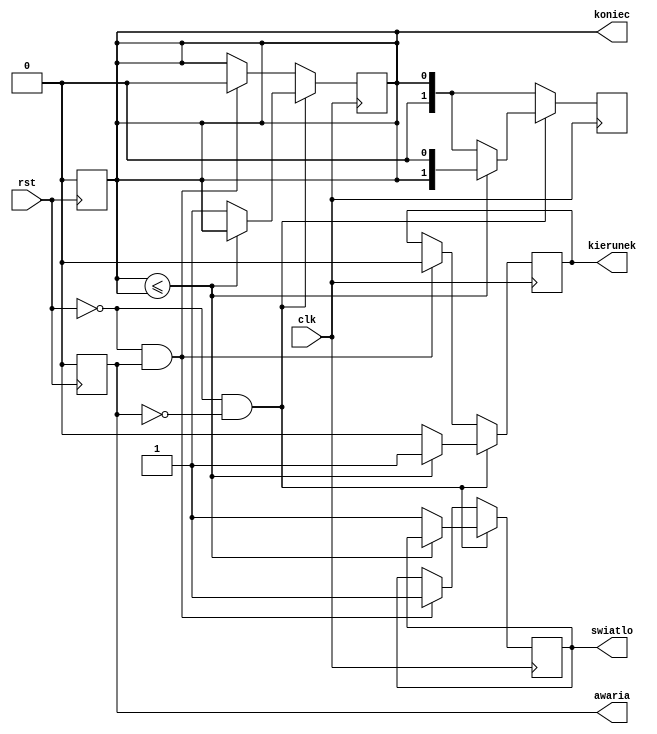

//////////////////////////////////////////////////////////////////////////////////
// opis dziaania brama garaowa 
// 
//////////////////////////////////////////////////////////////////////////////////


module bramagarazowa_ctrl(
    //input [1:0] stan, // 2 bitowy poziom stanu
    //input [1:0] aktualnystan, // 2 bitowy poziom stanu aktualnego
    input clk, //generawania zegara o niskiej czstotliwosci
    input rst, //1-bitowy rst wejcia
    output kierunek, //1-bitowe wyjcie wskazujce kierunek ruchu bramy
    output koniec,	//1-bitowe wyjcie wskazujce max stan bramy 
	output awaria,  // sygna awarii mechanizmu
    output swiatlo //wyjcie 1-bitowe podlaczone do oswietlenia
    
    );

    reg r_kierunekruchu; //1 bitowy rejestr podczony do kierunku wyjcia kierunek
    reg r_koniec; //1 bitowy rejestr podczony do wyjcia koniec
    reg r_awaria; //1 bitowy rejestr podczony do wyjcia awaria
	reg r_swiatlo; // 1 bitowy rejestr podlczony do wyjcia swiata
    reg [1:0] r_aktstan; //2-bitowy rejestr podczony do wyjcia aktstan
    reg [12:0] clk_licznik; //licznik zegara niskiej czstotliwo jako 12bitowy parametr rejestru   ///max count 4096//
    reg clk_200;         ///   zakadany czas pracy silnika 20s  
    reg clk_wyzw; //wyzwalacz zegara generatora
    
    assign kierunek = r_kierunekruchu; //przypisanie danych kierunku ruchu do r_kierunkuruchu
    assign koniec = r_koniec; //przypisanie koniec   do r_koniec
    assign awaria = r_awaria; //przypisanie awaria do r_awaria
    assign aktstan = r_aktstan; //przypisanie stanw
    assign stan = stan;//
	assign swiatlo = r_swiatlo; //przypisanie swiata
    
    always @(negedge rst) begin //wyzwalanie bloku na malejcej krawdzi sygnau rst
        clk_200 = 1'b0; //resetowanie clk 200hz
        clk_licznik = 0; //res. licznika
        clk_wyzw = 1'b0; //res. wyzwalacza
    end
    
    always @(negedge rst) begin //wyzwalanie bloku na malejcej krawdzi sygnau rst
        clk_200 = 1'b0; //rstowanie clk 200hz
        clk_licznik = 0; //res. licznika
        clk_wyzw = 1'b0; //res. wyzwalacza

        r_koniec = 1'b0; //ustawienie domylnej wartoci na 0
        r_awaria = 1'b0; //to samo
    end
    
    /*
    	generator zegara
        licznik bedzie sie zwiekszal za kazdym razem, 
        gdy uruchomi si petla lub zostanie wlaczony generator zegara 200hz
    */
    always @(posedge clk) begin
        if(clk_wyzw) begin
            clk_licznik = clk_licznik+1; 
        end
        if(clk_licznik == 4000) begin
            clk_200 = ~clk_200;
            clk_licznik = 0;
        end
    end
   
    //jeeli jest sygnal otwarcia
    always @(stan) begin
        clk_wyzw = 1; //wlaczenie wyzwalacza zegara
        clk_200 = ~clk_200; //negacja czestotliwosci zegara
        r_aktstan <= r_koniec;
    end
    
    //praca bramy
    always @(posedge clk) begin
    	//normalne dziaanie bramy
        if(!rst  && !awaria) begin
            //podnosi sie
            if(r_aktstan <= r_koniec) begin
                r_kierunekruchu = 1'b1; 
                r_aktstan = r_koniec << 1;
            end
            
            //osignicie nax uniesienia bramy
            else if( r_aktstan == r_koniec) begin
                r_koniec = 1;
                r_kierunekruchu = 0;
				r_swiatlo =1;
            end
        end
        //gdy brama osiagnie max otwarcie
        else if(!rst && !awaria) begin
            r_koniec = 1;
            r_swiatlo = 1;
            r_kierunekruchu = 0;
        
        end
        //gdy brama zaczyna sie zamykac
        else if(!rst && !awaria) begin
            r_koniec = 0;
            r_kierunekruchu = 1'b0;
            r_swiatlo = 0;
        //gasnie swiatlo
        end
        else if(!rst && awaria) begin
                    r_koniec = 0;
                    r_kierunekruchu = 0;
                    r_swiatlo = 1;
                //stoi brama swieci swiatlo
                end
    end
	
endmodule